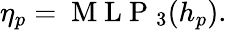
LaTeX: \begin{array}{r}{\begin{array}{r}{\eta_{p}=\mathrm{~M~L~P~}_{3}(h_{p}).}\end{array}}\end{array}